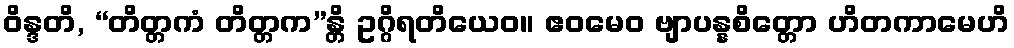
ဝိန္ဒတိ, “တိတ္တကံ တိတ္တက”န္တိ ဥဂ္ဂိရတိယေဝ။ ဧဝမေဝ ဗျာပန္နစိတ္တော ဟိတကာမေဟိ